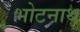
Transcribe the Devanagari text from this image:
भोटनाथ